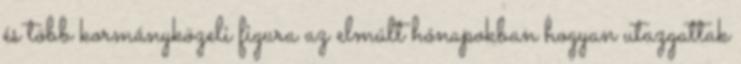
és több kormányközeli figura az elmúlt hónapokban hogyan utazgattak